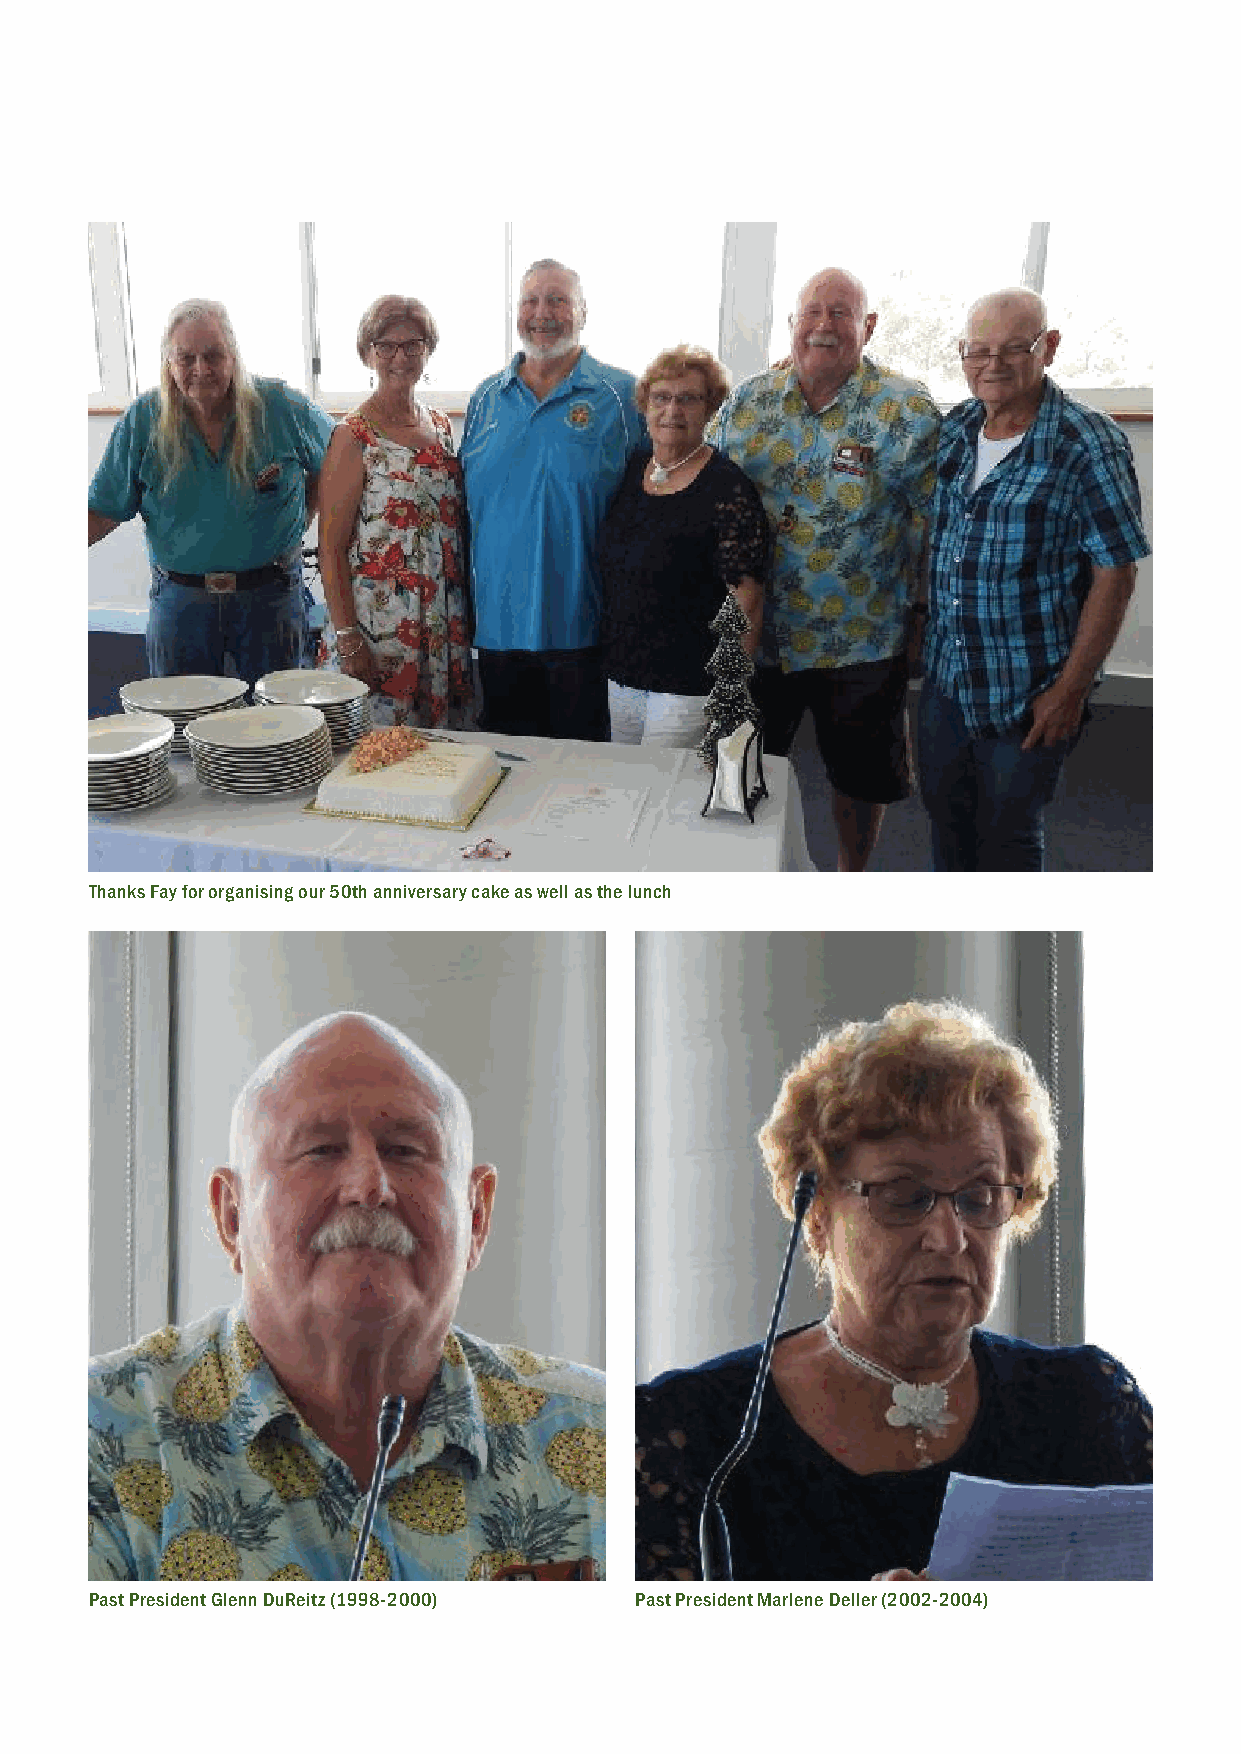
Thanks Fay for organising our 50th anniversary cake as well as the lunch
 Past President Glenn DuReitz (1998-2000) Past President Marlene Deller (2002-2004)